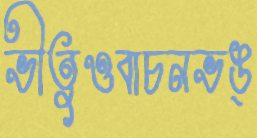
ভীতুওবাচনভঙ্